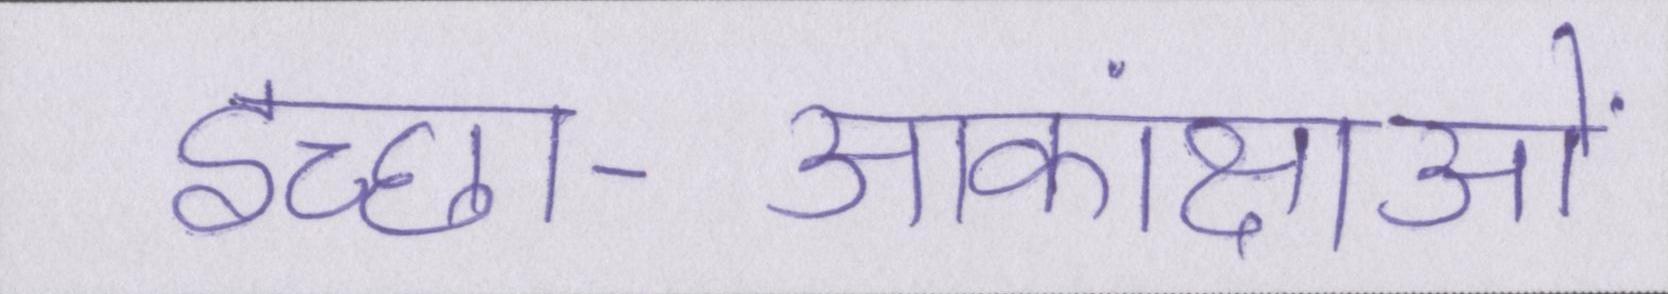
इच्छा-आकांक्षाओं